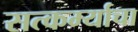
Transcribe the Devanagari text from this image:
सत्कर्म्याचा